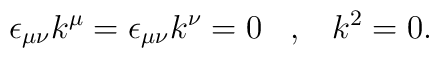
\epsilon_{\mu\nu}k^\mu=\epsilon_{\mu\nu}k^\nu=0\,\,\,\,\,,\,\,\,\,\, k^2=0.